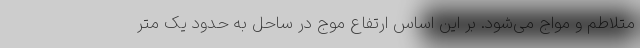
متلاطم و مواج می‌شود. بر این اساس ارتفاع موج در ساحل به حدود یک متر